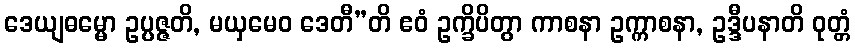
ဒေယျဓမ္မော ဥပ္ပဇ္ဇတိ, မယှမေဝ ဒေတီ”တိ ဧဝံ ဥက္ခိပိတွာ ကာစနာ ဥက္ကာစနာ, ဥဒ္ဒီပနာတိ ဝုတ္တံ